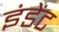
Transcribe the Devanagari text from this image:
इंडेंट